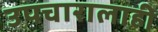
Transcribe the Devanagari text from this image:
उपचारालाही